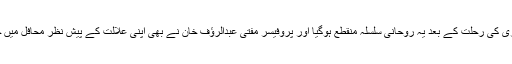
رانا دلدار احمد قادری کی رحلت کے بعد یہ روحانی سلسلہ منقطع ہوگیا اور پروفیسر مفتی عبدالرؤف خان نے بھی اپنی علالت کے پیش نظر محافل میں جانا کم کر دیا تھا ۔